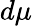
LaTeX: d\mu